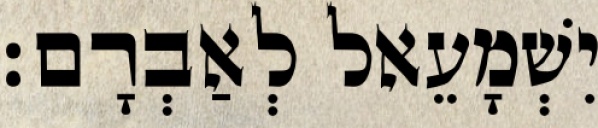
יִשְׁמָעֵאל לְאַבְרָם׃